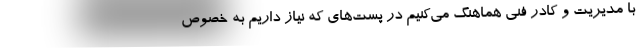
با مدیریت و کادر فنی هماهنگ می‌کنیم در پست‌های که نیاز داریم به خصوص